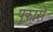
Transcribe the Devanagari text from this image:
पुकारो